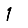
Digit: 1